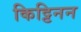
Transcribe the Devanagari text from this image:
किट्टिनन